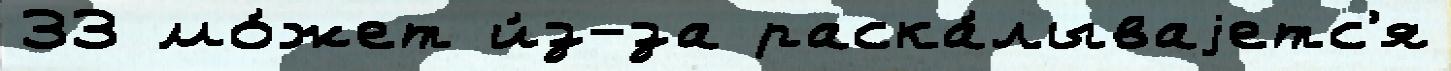
33 мо́жет и́з-за раска́лываjетс'я